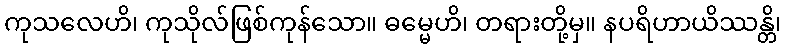
ကုသလေဟိ၊ ကုသိုလ်ဖြစ်ကုန်သော။ ဓမ္မေဟိ၊ တရားတို့မှ။ နပရိဟာယိဿန္တိ၊